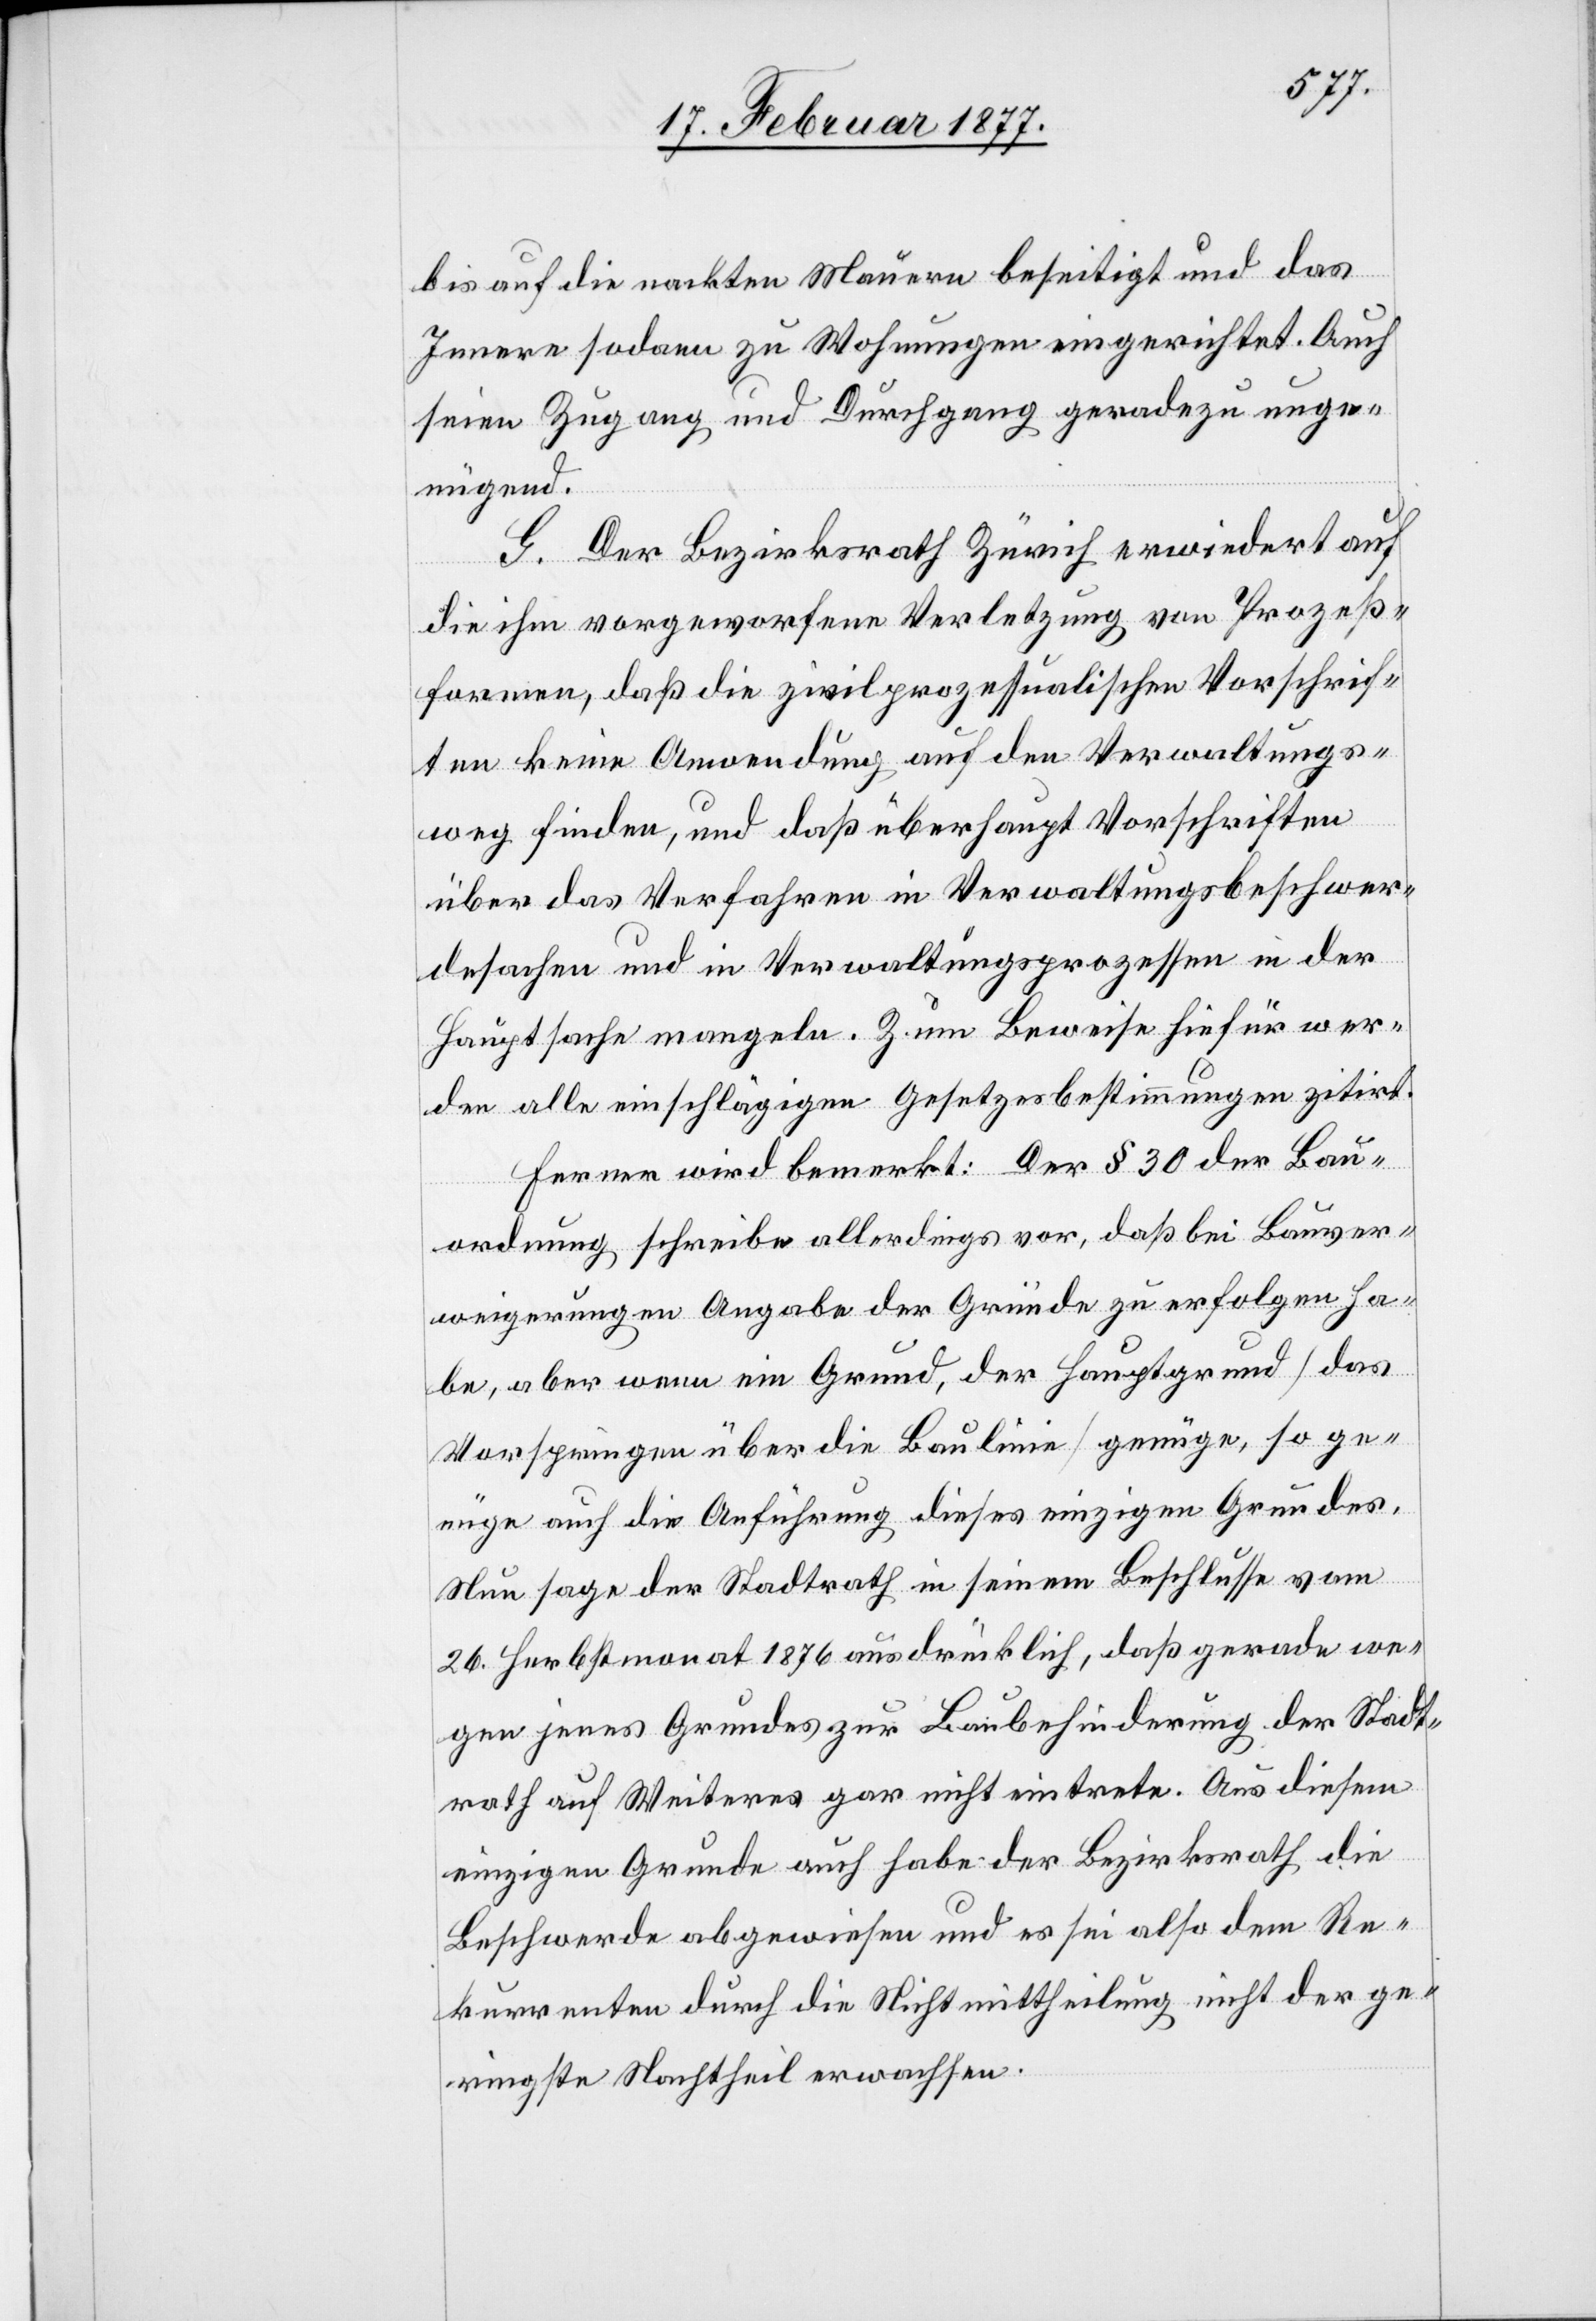
bis auf die nackten Mauern beseitigt und das
Innere sodann zu Wohnungen eingerichtet. Auch
seien Zugang und Durchgang geradezu unge¬
nügend.
G. Der Bezirksrath Zürich erwiedert auf
die ihm vorgeworfene Verletzung von Prozeß¬
formen, daß die zivilprozessualischen Vorschrif¬
ten keine Anwendung auf den Verwaltungs¬
weg finden, und daß überhaupt Vorschriften
über das Verfahren in Verwaltungsbeschwer¬
desachen und in Verwaltungsprozessen in der
Hauptsache mangeln. Zum Beweise hiefür wer¬
den alle einschlägigen Gesetzesbestimmungen zitirt.
Ferner wird bemerkt: Der § 30 der Bau¬
ordnung schreibe allerdings vor, daß bei Bauver¬
weigerungen Angabe der Gründe zu erfolgen ha¬
be, aber wenn ein Grund, der Hauptgrund [das
Vorspringen über die Baulinie] genüge, so ge¬
nüge auch die Anführung dieses einzigen Grundes.
Nun sage der Stadtrath in seinem Beschlusse vom
26. Herbstmonat 1876 ausdrücklich, daß gerade we¬
gen jenes Grundes zur Baubehinderung der Stadt¬
rath auf Weiteres gar nicht eintrete. Aus diesem
einzigen Grunde auch habe der Bezirksrath die
Beschwerde abgewiesen und es sei also dem Re¬
kurrenten durch die Nichtmittheilung nicht der ge¬
ringste Nachtheil erwachsen.